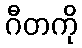
ဂီတကို